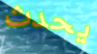
يحدث